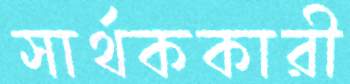
সার্থককারী